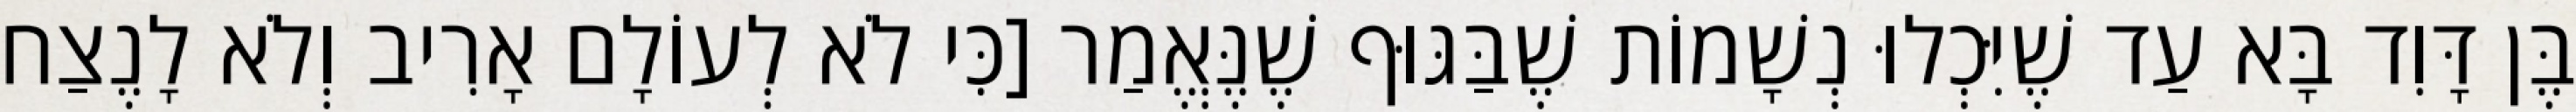
בֶּן דָּוִד בָּא עַד שֶׁיִּכְלוּ נְשָׁמוֹת שֶׁבַּגּוּף שֶׁנֶּאֱמַר [כִּי לֹא לְעוֹלָם אָרִיב וְלֹא לָנֶצַח